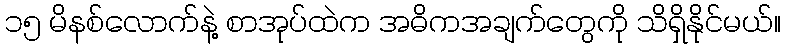
၁၅ မိနစ်လောက်နဲ့ စာအုပ်ထဲက အဓိကအချက်တွေကို သိရှိနိုင်မယ်။